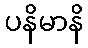
ပနိမာနိ